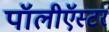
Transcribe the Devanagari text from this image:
पॉलीऍस्टर